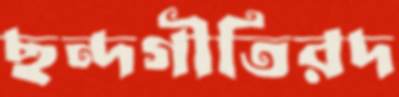
ছন্দগীতিরদ